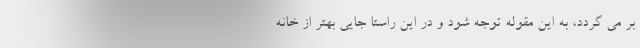
بر می گردد، به این مقوله توجه شود و در این راستا جایی بهتر از خانه